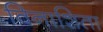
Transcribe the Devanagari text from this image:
विनाशिता